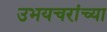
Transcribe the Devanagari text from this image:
उभयचरांच्या